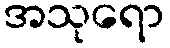
အသုရော